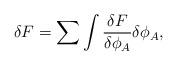
LaTeX: \begin{align*}\delta F=\sum\int{{\delta F} \over{\delta\phi_A}}\delta\phi_A,\end{align*}